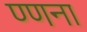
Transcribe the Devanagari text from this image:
ण्णना